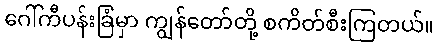
ဂေါ်ကီပန်းခြံမှာ ကျွန်တော်တို့ စကိတ်စီးကြတယ်။